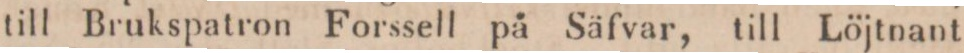
till Brukspatron Forssell på Säfvar, till Löjtnant